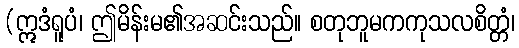
(ဣဒံရူပံ၊ ဤမိန်းမ၏အဆင်းသည်။ စတုဘူမကကုသလစိတ္တံ၊